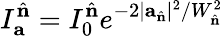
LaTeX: I_{\mathbf{a}}^{\hat{\mathbf{n}}}=I_{0}^{\hat{\mathbf{n}}}e^{-2|\mathbf{a}_{\hat{\mathbf{n}}}|^{2}/W_{\hat{\mathbf{n}}}^{2}}